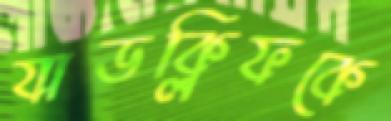
যাডক্লিফকে